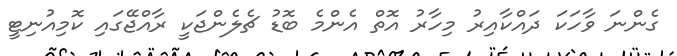
ގެންނަ ވާހަކަ ދައްކާއިރު މިހާރު އޮތް އެންމެ ބޮޑު ޗެލެންޖަކީ ރާއްޖޭގައި ކޮމިއުނިޓީ